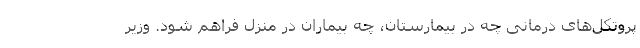
پروتکل‌های درمانی چه در بیمارستان، چه بیماران در منزل فراهم شود. وزیر